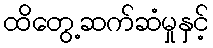
ထိတွေ့ဆက်ဆံမှုနှင့်